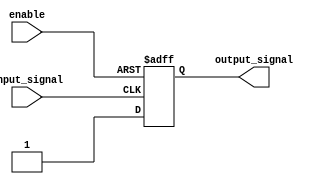
module io_block(
    input wire input_signal,
    output wire output_signal,
    input wire enable
);

reg output_buffered;

assign output_signal = output_buffered;

always @(posedge input_signal or negedge enable) begin
    if(enable) begin
        if(input_signal) begin
            output_buffered <= 1'b1; //TTL high level
        end else begin
            output_buffered <= 1'b0; //TTL low level
        end
    end else begin
        output_buffered <= 1'bz; //High impedance state when buffer is disabled
    end
end

endmodule